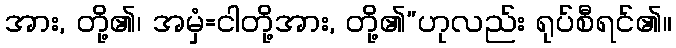
အား, တို့၏၊ အမှံ=ငါတို့အား, တို့၏”ဟုလည်း ရုပ်စီရင်၏။